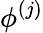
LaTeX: \phi^{(j)}